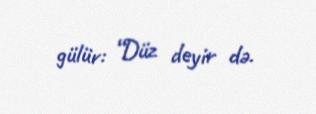
gülür: “Düz deyir də.